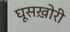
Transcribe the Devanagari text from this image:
घूसख़ोरी